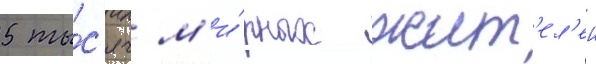
5 ты́с'яч м'и́рных жит'ел'еи